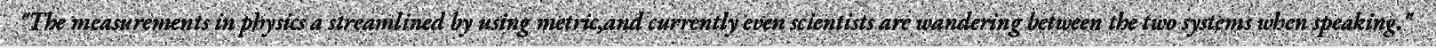
"The measurements in physics a streamlined by using metric,and currently even scientists are wandering between the two systems when speaking."